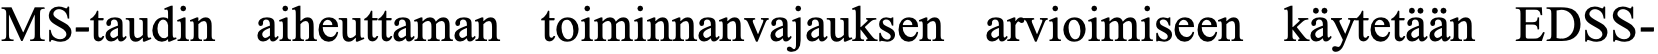
MS-taudin aiheuttaman toiminnanvajauksen arvioimiseen käytetään EDSS-